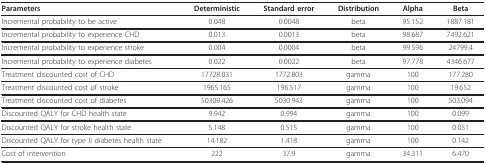
| Parameters | Deterministic | Standard error | Distribution | Alpha | Beta |
 | --- | --- | --- | --- | --- | --- |
 | Incremental probability to be active | 0.048 | 0.0048 | beta | 95.152 | 1887.181 |
 | Incremental probability to experience CHD | 0.013 | 0.0013 | beta | 98.687 | 7492.621 |
 | Incremental probability to experience stroke | 0.004 | 0.0004 | beta | 99.596 | 24799.4 |
 | Incremental probability to experience diabetes | 0.022 | 0.0022 | beta | 97.778 | 4346.677 |
 | Treatment discounted cost of CHD | 17728.031 | 1772.803 | gamma | 100 | 177.280 |
 | Treatment discounted cost of stroke | 1965.165 | 196.517 | gamma | 100 | 19.652 |
 | Treatment discounted cost of diabetes | 50309.426 | 5030.943 | gamma | 100 | 503.094 |
 | Discounted QALY for CHD health state | 9.942 | 0.994 | gamma | 100 | 0.099 |
 | Discounted QALY for stroke health state | 5.148 | 0.515 | gamma | 100 | 0.051 |
 | Discounted QALY for type II diabetes health state | 14.182 | 1.418 | gamma | 100 | 0.142 |
 | Cost of intervention | 222 | 37.9 | gamma | 34.311 | 6.470 |